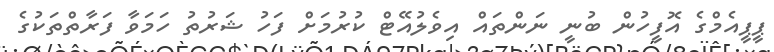
ޕީޕީއެމްގެ އޮފީހުން ބުނީ ނަންތައް އިވެލުއޭޓް ކުރުމަށް ފަހު ޝަރުތު ހަމަވާ ފަރާތްތަކުގެ